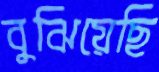
বুঝিয়েছি